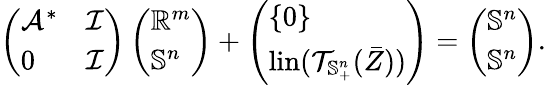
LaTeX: \left(\begin{array}{ll}{\mathcal{A}^{*}}&{\mathcal{I}}\\ {0}&{\mathcal{I}}\end{array}\right)\left(\begin{array}{l}{\mathbb{R}^{m}}\\ {\mathbb{S}^{n}}\end{array}\right)+\left(\begin{array}{l}{\{ 0\} }\\ {\mathrm{lin}(\mathcal{T}_{\mathbb{S}_{+}^{n}}(\bar{Z}))}\end{array}\right)=\left(\begin{array}{l}{\mathbb{S}^{n}}\\ {\mathbb{S}^{n}}\end{array}\right).